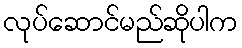
လုပ်ဆောင်မည်ဆိုပါက